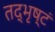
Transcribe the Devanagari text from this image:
तद्भृष्टं